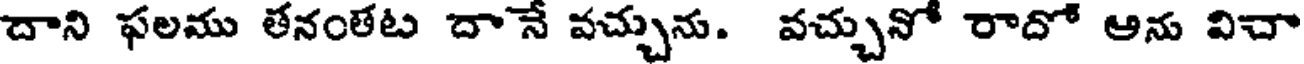
దాని ఫలము తనంతేట దానే వచ్చును. వచ్చునో రాదో ఆను విచా